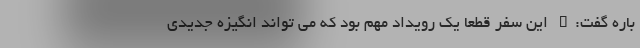
باره گفت:" این سفر قطعا یک رویداد مهم بود که می تواند انگیزه جدیدی